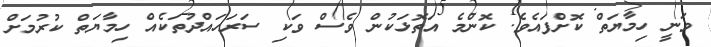
ވަނީ ހިމާޔަތް ކޮށްފައެވެ. ކޮންމެ އަތޮޅަކުން ވެސް ވަކި ސަރަހައްދުތަކެއް ހިމާޔަތް ކުރުމަށް